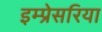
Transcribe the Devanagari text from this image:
इम्प्रेसरिया